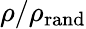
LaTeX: \rho/\rho_{\mathrm{rand}}